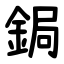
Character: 鋦